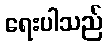
ရေးပါသည်